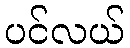
ပင်လယ်